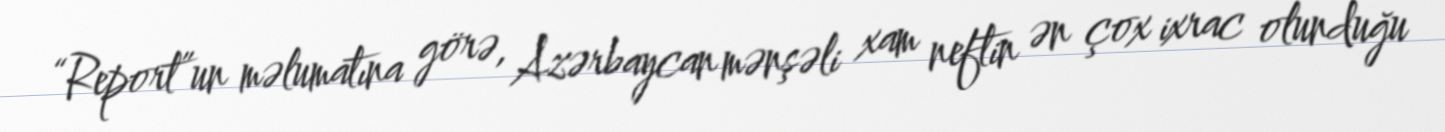
“Report”un məlumatına görə, Azərbaycan mənşəli xam neftin ən çox ixrac olunduğu